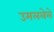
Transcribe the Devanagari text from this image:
उमललेले